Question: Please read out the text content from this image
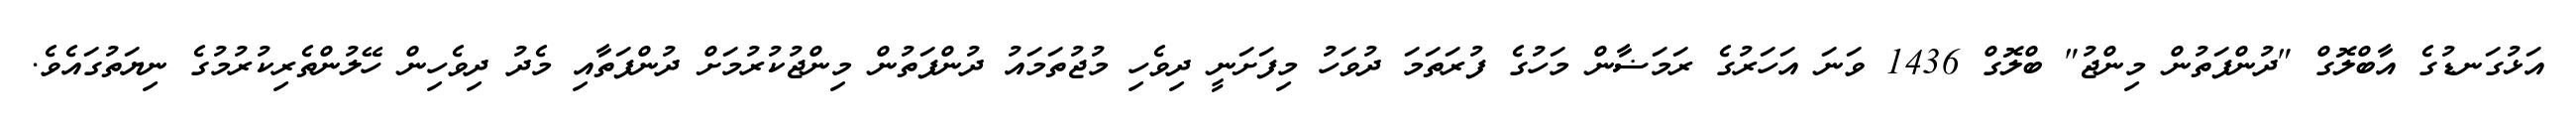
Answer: އަޅުގަނޑުގެ އާބްލޮގް "ދުންފަތުން މިންޖު" ބްލޮގް 1436 ވަނަ އަހަރުގެ ރަމަޟާން މަހުގެ ފުރަތަމަ ދުވަހު މިފަށަނީ ދިވެހި މުޖުތަމައު ދުންފަތުން މިންޖުކުރުމަށް ދުންފަތާއި މެދު ދިވެހިން ހޭލުންތެރިކުރުމުގެ ނިޔަތުގައެވެ.